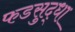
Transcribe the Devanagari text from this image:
फडसुद्धा